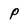
Character: P